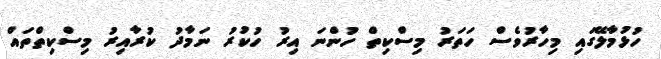
ހުޅުމާލޭގައި މިހާރުވެސް ހަތަރު މިސްކިތް ހުންނަ އިރު ހުކުރު ނަމާދު ކުރާއިރު މިސްކިތްތައް